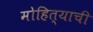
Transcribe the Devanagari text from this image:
मोहित्याची